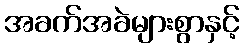
အခက်အခဲများစွာနှင့်